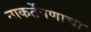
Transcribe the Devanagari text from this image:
नाकर्तेपणाचा